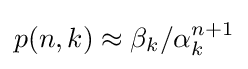
p(n,k)\approx \beta _{k}/\alpha _{k}^{n+1}